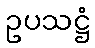
ဥပသဋ္ဌံ